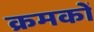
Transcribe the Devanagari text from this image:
क्रमकों